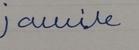
Signature authenticity: forged